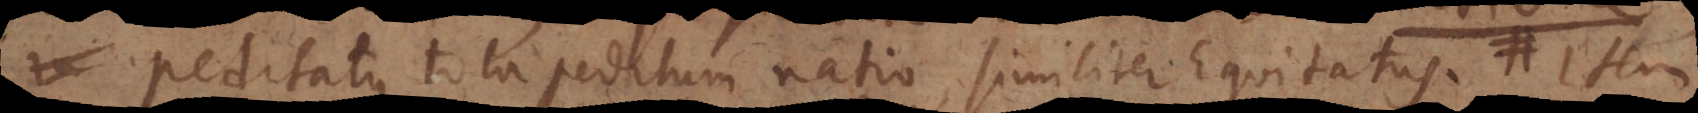
peditatus tota peditum natio, similiter Equitatus. Item